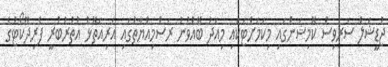
ޖުޑީޝަލް ސަރވިސް ކޮމިޝަންގައި މިކަމަށްޓަކައި މިއަދު ބޭއްވުނު ރަސްމިއްޔާތުގައި އަރިއަތޮޅު އުތުރުބުރީ ފެރިދޫކޯޓުގެ